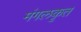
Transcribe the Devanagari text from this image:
मंगलकृत